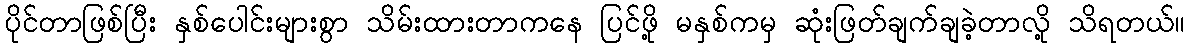
ပိုင်တာဖြစ်ပြီး နှစ်ပေါင်းများစွာ သိမ်းထားတာကနေ ပြင်ဖို့ မနှစ်ကမှ ဆုံးဖြတ်ချက်ချခဲ့တာလို့ သိရတယ်။